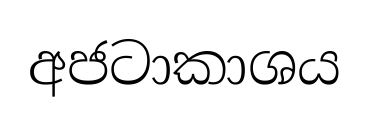
අජටාකාශය